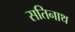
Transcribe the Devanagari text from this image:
सतिनाथ